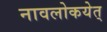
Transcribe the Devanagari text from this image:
नावलोकयेत्